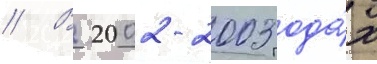
// В 2002-2003 года́х